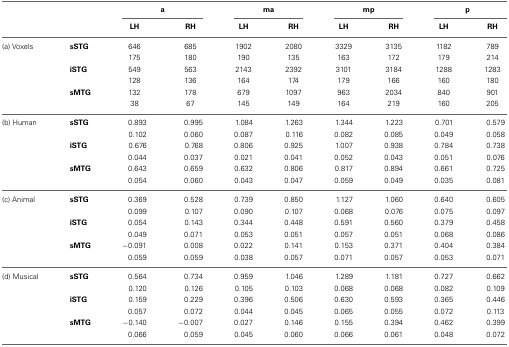
<table><thead><tr><td></td><td></td><td colspan="2"><b>a</b></td><td colspan="2"><b>ma</b></td><td colspan="2"><b>mp</b></td><td colspan="2"><b>p</b></td></tr><tr><td></td><td></td><td><b>LH</b></td><td><b>RH</b></td><td><b>LH</b></td><td><b>RH</b></td><td><b>LH</b></td><td><b>RH</b></td><td><b>LH</b></td><td><b>RH</b></td></tr></thead><tbody><tr><td>(a) Voxels</td><td><b>sSTG</b></td><td>646</td><td>685</td><td>1902</td><td>2080</td><td>3329</td><td>3135</td><td>1182</td><td>789</td></tr><tr><td></td><td></td><td>175</td><td>180</td><td>190</td><td>135</td><td>163</td><td>172</td><td>179</td><td>214</td></tr><tr><td></td><td><b>iSTG</b></td><td>549</td><td>563</td><td>2143</td><td>2392</td><td>3101</td><td>3184</td><td>1288</td><td>1283</td></tr><tr><td></td><td></td><td>128</td><td>136</td><td>164</td><td>174</td><td>179</td><td>166</td><td>160</td><td>180</td></tr><tr><td></td><td><b>sMTG</b></td><td>132</td><td>178</td><td>679</td><td>1097</td><td>963</td><td>2034</td><td>840</td><td>901</td></tr><tr><td></td><td></td><td>38</td><td>67</td><td>145</td><td>149</td><td>164</td><td>219</td><td>160</td><td>205</td></tr><tr><td>(b) Human</td><td><b>sSTG</b></td><td>0.893</td><td>0.995</td><td>1.084</td><td>1.263</td><td>1.344</td><td>1.223</td><td>0.701</td><td>0.579</td></tr><tr><td></td><td></td><td>0.102</td><td>0.060</td><td>0.087</td><td>0.116</td><td>0.082</td><td>0.085</td><td>0.049</td><td>0.058</td></tr><tr><td></td><td><b>iSTG</b></td><td>0.676</td><td>0.768</td><td>0.806</td><td>0.925</td><td>1.007</td><td>0.938</td><td>0.784</td><td>0.738</td></tr><tr><td></td><td></td><td>0.044</td><td>0.037</td><td>0.021</td><td>0.041</td><td>0.052</td><td>0.043</td><td>0.051</td><td>0.076</td></tr><tr><td></td><td><b>sMTG</b></td><td>0.643</td><td>0.659</td><td>0.632</td><td>0.806</td><td>0.817</td><td>0.894</td><td>0.661</td><td>0.725</td></tr><tr><td></td><td></td><td>0.054</td><td>0.060</td><td>0.043</td><td>0.047</td><td>0.059</td><td>0.049</td><td>0.035</td><td>0.081</td></tr><tr><td>(c) Animal</td><td><b>sSTG</b></td><td>0.369</td><td>0.528</td><td>0.739</td><td>0.850</td><td>1.127</td><td>1.060</td><td>0.640</td><td>0.605</td></tr><tr><td></td><td></td><td>0.099</td><td>0.107</td><td>0.090</td><td>0.107</td><td>0.068</td><td>0.076</td><td>0.075</td><td>0.097</td></tr><tr><td></td><td><b>iSTG</b></td><td>0.054</td><td>0.143</td><td>0.344</td><td>0.448</td><td>0.591</td><td>0.560</td><td>0.379</td><td>0.458</td></tr><tr><td></td><td></td><td>0.049</td><td>0.071</td><td>0.053</td><td>0.051</td><td>0.057</td><td>0.051</td><td>0.068</td><td>0.086</td></tr><tr><td></td><td><b>sMTG</b></td><td>−0.091</td><td>0.008</td><td>0.022</td><td>0.141</td><td>0.153</td><td>0.371</td><td>0.404</td><td>0.384</td></tr><tr><td></td><td></td><td>0.059</td><td>0.059</td><td>0.038</td><td>0.057</td><td>0.071</td><td>0.057</td><td>0.053</td><td>0.071</td></tr><tr><td>(d) Musical</td><td><b>sSTG</b></td><td>0.564</td><td>0.734</td><td>0.959</td><td>1.046</td><td>1.289</td><td>1.181</td><td>0.727</td><td>0.662</td></tr><tr><td></td><td></td><td>0.120</td><td>0.126</td><td>0.105</td><td>0.103</td><td>0.068</td><td>0.068</td><td>0.082</td><td>0.109</td></tr><tr><td></td><td><b>iSTG</b></td><td>0.159</td><td>0.229</td><td>0.396</td><td>0.506</td><td>0.630</td><td>0.593</td><td>0.365</td><td>0.446</td></tr><tr><td></td><td></td><td>0.057</td><td>0.072</td><td>0.044</td><td>0.045</td><td>0.065</td><td>0.055</td><td>0.072</td><td>0.113</td></tr><tr><td></td><td><b>sMTG</b></td><td>−0.140</td><td>−0.007</td><td>0.027</td><td>0.146</td><td>0.155</td><td>0.394</td><td>0.462</td><td>0.399</td></tr><tr><td></td><td></td><td>0.066</td><td>0.059</td><td>0.045</td><td>0.060</td><td>0.066</td><td>0.061</td><td>0.048</td><td>0.072</td></tr></tbody></table>